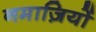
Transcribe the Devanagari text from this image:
नमाज़ियों